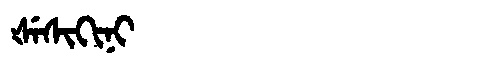
Manchu: ᡧᡝᠰᡳᡴᡳᠨᡳ
Romanization: ŠESIKINI